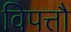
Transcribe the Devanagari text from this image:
विपत्तौ